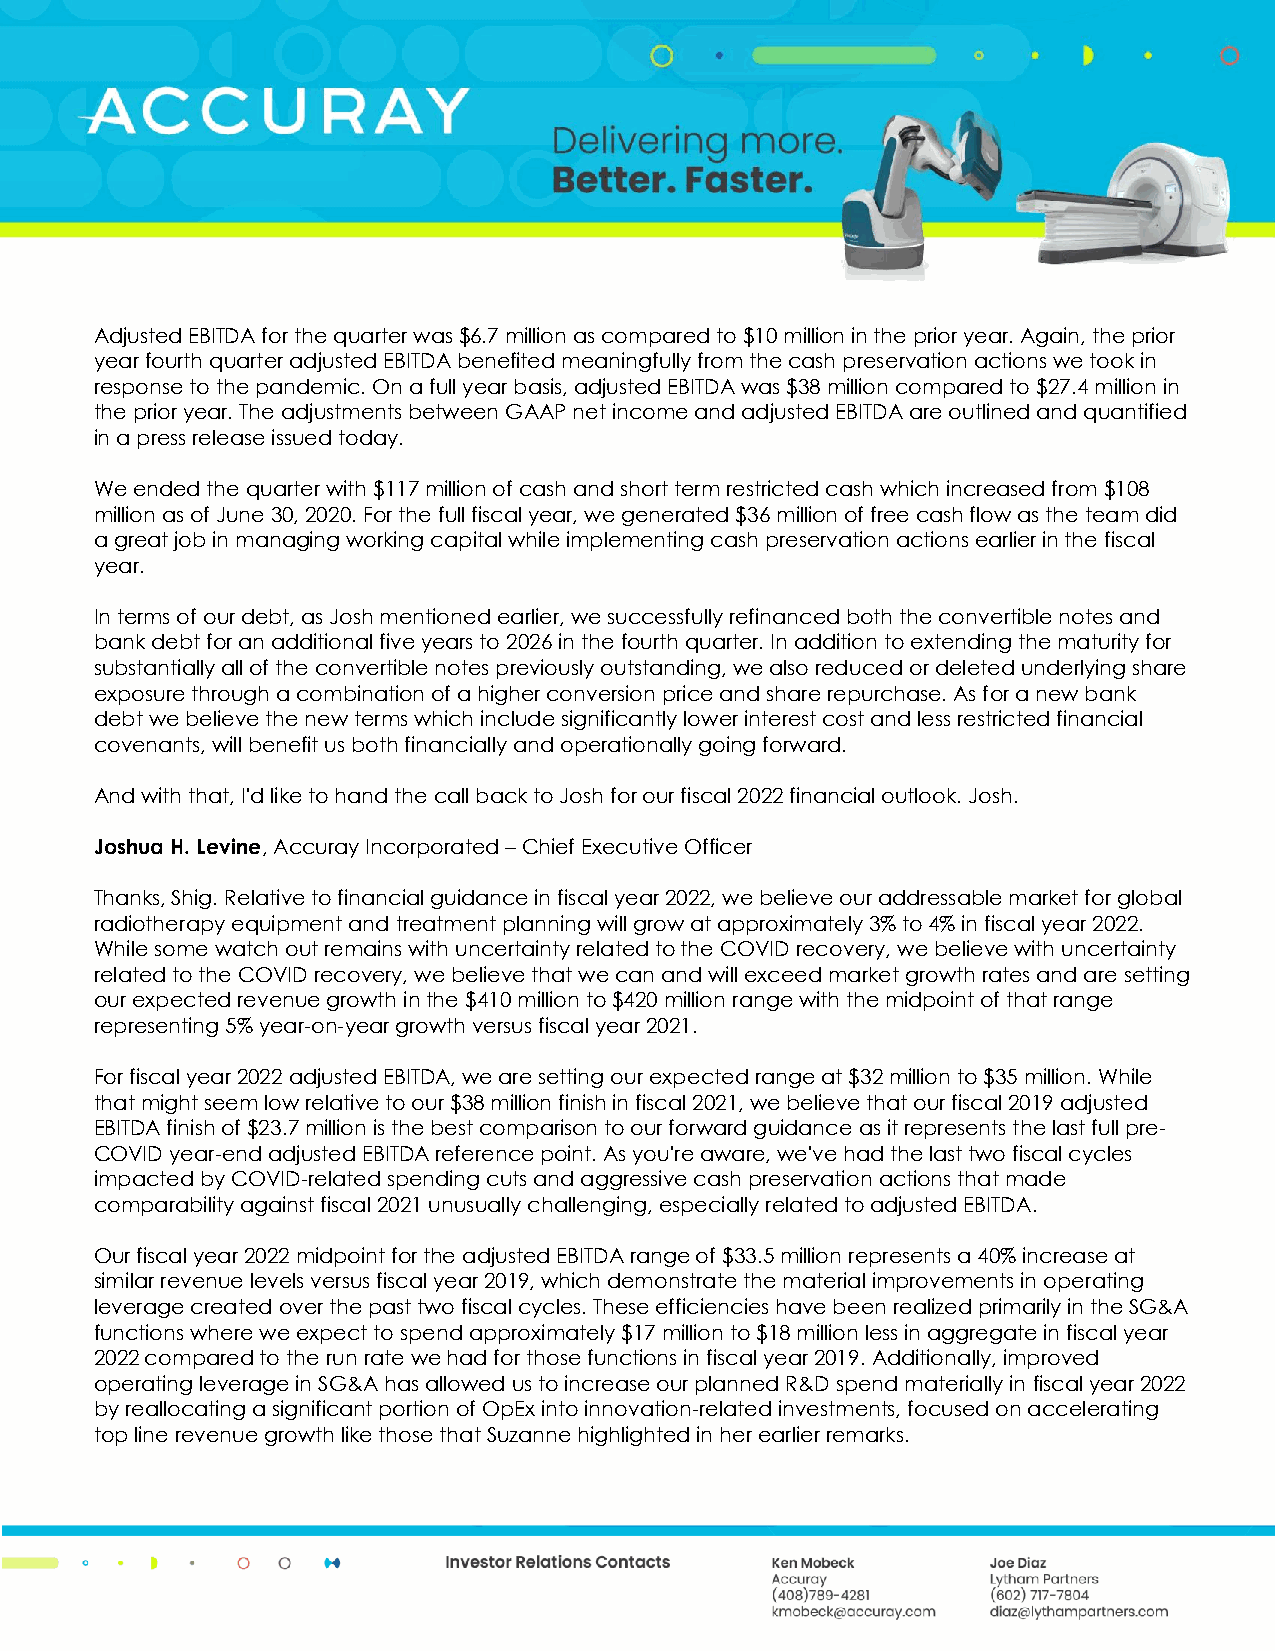
Adjusted EBITDA for the quarter was $6.7 million as compared to $10 million in the prior year. Again, the prior
 year fourth quarter adjusted EBITDA benefited meaningfully from the cash preservation actions we took in
 response to the pandemic. On a full year basis, adjusted EBITDA was $38 million compared to $27.4 million in
 the prior year. The adjustments between GAAP net income and adjusted EBITDA are outlined and quantified
 in a press release issued today.
 We ended the quarter with $117 million of cash and short term restricted cash which increased from $108
 million as of June 30, 2020. For the full fiscal year, we generated $36 million of free cash flow as the team did
 a great job in managing working capital while implementing cash preservation actions earlier in the fiscal
 year.
 In terms of our debt, as Josh mentioned earlier, we successfully refinanced both the convertible notes and
 bank debt for an additional five years to 2026 in the fourth quarter. In addition to extending the maturity for
 substantially all of the convertible notes previously outstanding, we also reduced or deleted underlying share
 exposure through a combination of a higher conversion price and share repurchase. As for a new bank
 debt we believe the new terms which include significantly lower interest cost and less restricted financial
 covenants, will benefit us both financially and operationally going forward.
 And with that, I'd like to hand the call back to Josh for our fiscal 2022 financial outlook. Josh.
 Joshua H. Levine, Accuray Incorporated – Chief Executive Officer
 Thanks, Shig. Relative to financial guidance in fiscal year 2022, we believe our addressable market for global
 radiotherapy equipment and treatment planning will grow at approximately 3% to 4% in fiscal year 2022.
 While some watch out remains with uncertainty related to the COVID recovery, we believe with uncertainty
 related to the COVID recovery, we believe that we can and will exceed market growth rates and are setting
 our expected revenue growth in the $410 million to $420 million range with the midpoint of that range
 representing 5% year-on-year growth versus fiscal year 2021.
 For fiscal year 2022 adjusted EBITDA, we are setting our expected range at $32 million to $35 million. While
 that might seem low relative to our $38 million finish in fiscal 2021, we believe that our fiscal 2019 adjusted
 EBITDA finish of $23.7 million is the best comparison to our forward guidance as it represents the last full pre-
 COVID year-end adjusted EBITDA reference point. As you're aware, we've had the last two fiscal cycles
 impacted by COVID-related spending cuts and aggressive cash preservation actions that made
 comparability against fiscal 2021 unusually challenging, especially related to adjusted EBITDA.
 Our fiscal year 2022 midpoint for the adjusted EBITDA range of $33.5 million represents a 40% increase at
 similar revenue levels versus fiscal year 2019, which demonstrate the material improvements in operating
 leverage created over the past two fiscal cycles. These efficiencies have been realized primarily in the SG&A
 functions where we expect to spend approximately $17 million to $18 million less in aggregate in fiscal year
 2022 compared to the run rate we had for those functions in fiscal year 2019. Additionally, improved
 operating leverage in SG&A has allowed us to increase our planned R&D spend materially in fiscal year 2022
 by reallocating a significant portion of OpEx into innovation-related investments, focused on accelerating
 top line revenue growth like those that Suzanne highlighted in her earlier remarks.